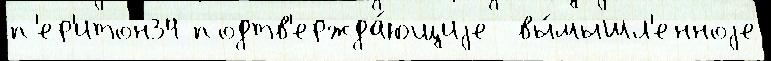
п'ер'итон34 подтв'ержда́ющиjе  вы́мышл'енноjе